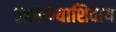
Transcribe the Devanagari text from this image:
उचलण्याशिवाय